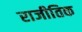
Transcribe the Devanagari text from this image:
राजीतिक